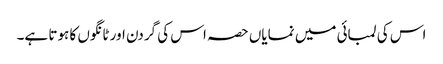
اس کی لمبائی میں نمایاں حصہ اس کی گردن اور ٹانگوں کا ہوتا ہے۔